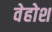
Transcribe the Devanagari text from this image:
वेहोश